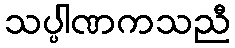
သပ္ပါဏကသညီ